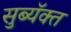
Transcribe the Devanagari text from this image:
सुब्यॅक्त